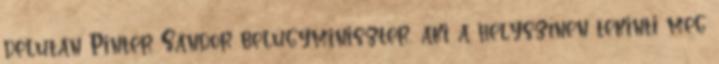
délután Pintér Sándor belügyminiszter, aki a helyszínen tekinti meg